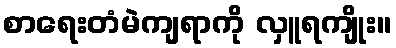
စာရေးတံမဲကျရာကို လှူရကျိုး။